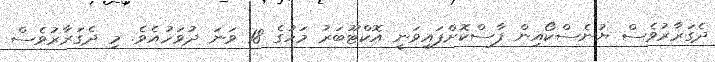
ދެގަރާރުވެސް ޔުނެސްކޯއިން ފާސްކޮށްފައިވަނީ އޮކްޓޫބަރު މަހުގެ 18 ވަނަ ދުވަހުއެވެ. މި ދެގަރާރުވެސް